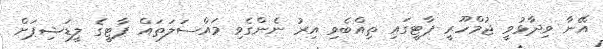
އޭނާ ވިދާޅުވީ ޖުމްހޫރީ ޕާޓީގައި ތިއްބެވި އިރު ނެންގެވި މައްސަލަތައް ޕާޓީގެ ލީޑަޝިޕަށް